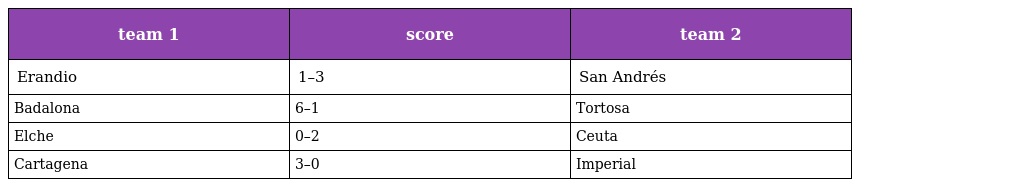
| team 1 | score | team 2 |
 | --- | --- | --- |
 | Erandio | 1–3 | San Andrés |
 | Badalona | 6–1 | Tortosa |
 | Elche | 0–2 | Ceuta |
 | Cartagena | 3–0 | Imperial |